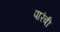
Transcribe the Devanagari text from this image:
पारंबी